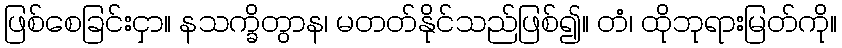
ဖြစ်စေခြင်းငှာ။ နသက္ခိတွာန၊ မတတ်နိုင်သည်ဖြစ်၍။ တံ၊ ထိုဘုရားမြတ်ကို။